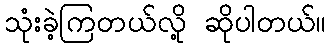
သုံးခဲ့ကြတယ်လို့ ဆိုပါတယ်။